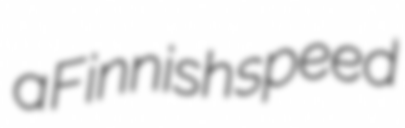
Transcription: a Finnish speed